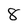
Character: 8